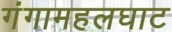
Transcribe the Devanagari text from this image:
गंगामहलघाट